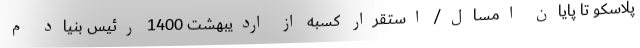
پلاسکو تا پایان امسال/ استقرار کسبه از اردیبهشت 1400 رئیس بنیاد م